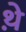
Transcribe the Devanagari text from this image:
थे़